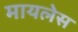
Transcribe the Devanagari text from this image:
मायलेस